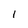
Character: 1